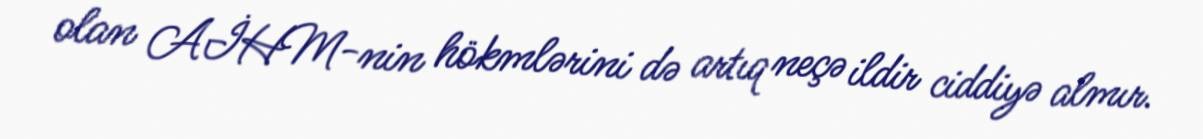
olan AİHM-nin hökmlərini də artıq neçə ildir ciddiyə almır.